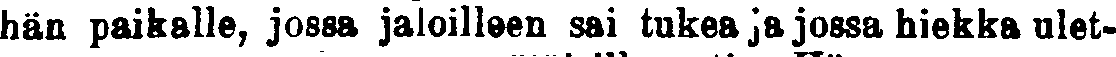
hän paikalle, jossa jaloilleen sai tukea ja jossa hiekka ulet-